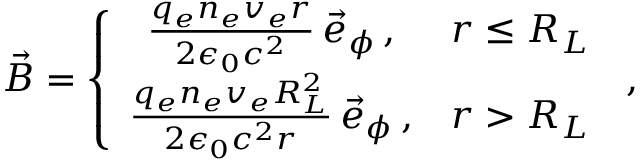
\begin{array} { r l r } & { } & { \vec { B } = \left\{ \begin{array} { c c } { \frac { q _ { e } n _ { e } v _ { e } r } { 2 \epsilon _ { 0 } c ^ { 2 } } \, \vec { e } _ { \phi } \, , } & { r \le R _ { L } } \\ { \frac { q _ { e } n _ { e } v _ { e } R _ { L } ^ { 2 } } { 2 \epsilon _ { 0 } c ^ { 2 } r } \, \vec { e } _ { \phi } \, , } & { r > R _ { L } } \end{array} \right. \, , } \end{array}